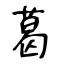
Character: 葛